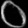
Digit: ၀